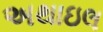
અથાઇલ